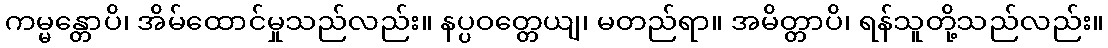
ကမ္မန္တောပိ၊ အိမ်ထောင်မှုသည်လည်း။ နပ္ပဝတ္တေယျ၊ မတည်ရာ။ အမိတ္တာပိ၊ ရန်သူတို့သည်လည်း။